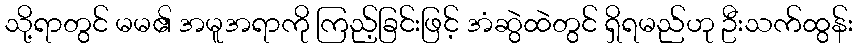
သို့ရာတွင် မမ၏ အမူအရာကို ကြည့်ခြင်းဖြင့် အံဆွဲထဲတွင် ရှိရမည်ဟု ဦးသက်ထွန်း